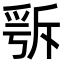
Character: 𣂭